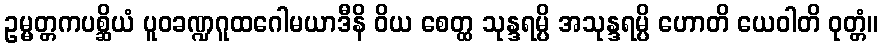
ဥမ္မတ္တကပစ္ဆိယံ ပူဝခဏ္ဍဂူထဂေါမယာဒီနိ ဝိယ စေတ္ထ သုန္ဒရမ္ပိ အသုန္ဒရမ္ပိ ဟောတိ ယေဝါတိ ဝုတ္တံ။